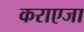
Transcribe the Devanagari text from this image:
कराएजा